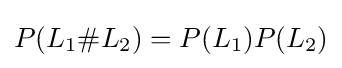
P(L_{1}\#L_{2})=P(L_{1})P(L_{2})